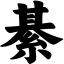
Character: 綦